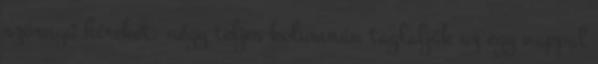
szörnyű híreket: négy teljes kolumnán taglalják az egy nappal